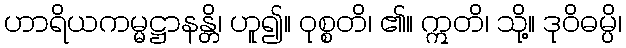
ဟာရိယကမ္မဋ္ဌာနန္တိ၊ ဟူ၍။ ဝုစ္စတိ၊ ၏။ ဣတိ၊ သို့။ ဒုဝိဓမ္ပိ၊